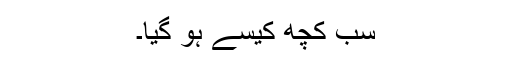
سب کچھ کیسے ہو گیا۔